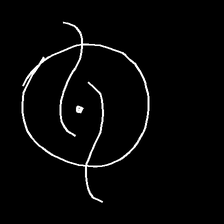
Glyph: repetition